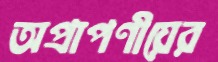
অপ্রাপণীয়ের